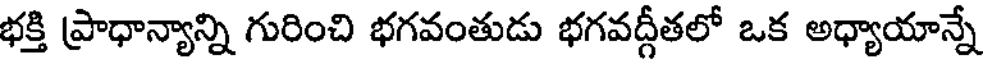
భక్తి ప్రాధాన్యాన్ని గురించి భగవంతుడు భగవద్గీతలో ఒక అధ్యాయాన్నే